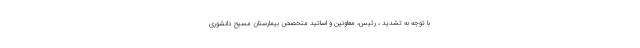
با توجه به تشدید ، رئیس، معاونین و اساتید متخصص بیمارستان مسیح دانشوری